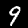
Label: 9